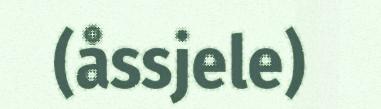
(åssjele)